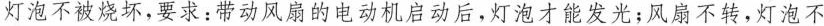
灯泡不被烧坏，要求：带动风扇的电动机启动后，灯泡才能发光；风扇不转，灯泡不